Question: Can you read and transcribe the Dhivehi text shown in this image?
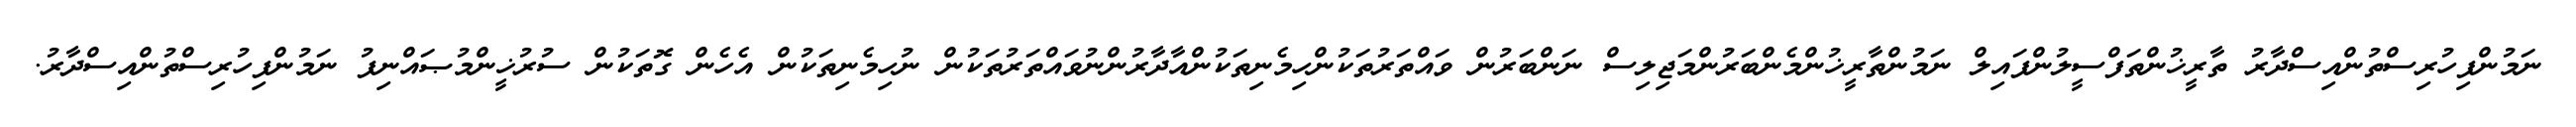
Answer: ނަމުންފިހުރިސްތުންއިސްދާރު ތާރީޚުންތަފްސީލުންފައިލް ނަމުންތާރީޚުންމެންބަރުންމަޖިލިސް ނަންބަރުން ވައްތަރުތަކުންހިމެނިތަކުންއާދާރުންނުވައްތަރުތަކުން ނުހިމެނިތަކުން އެހެން ގޮތަކުން ސުރުޚީންމުޞައްނިފު ނަމުންފިހުރިސްތުންއިސްދާރު.